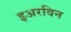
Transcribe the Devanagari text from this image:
इअरविन